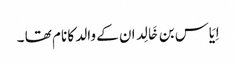
اِیَاس بن خَالِد ان کے والد کا نام تھا ۔